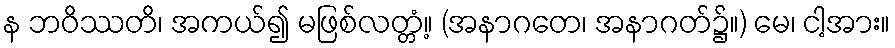
န ဘဝိဿတိ၊ အကယ်၍ မဖြစ်လတ္တံ့။ (အနာဂတေ၊ အနာဂတ်၌။) မေ၊ ငါ့အား။